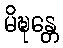
မိဍ္ဎန္တေ